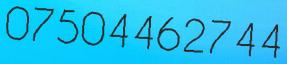
07504462744